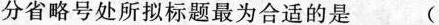
分省略号处所拟标题最为合适的是 (